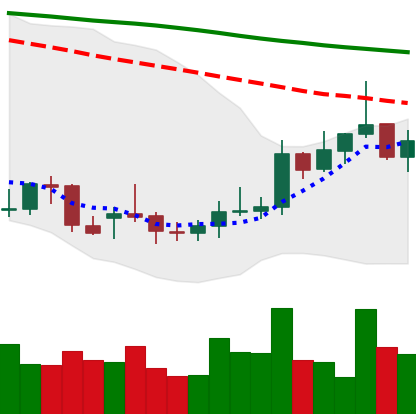
Ticker: XMR-USD
Chart end date: 2021-12-29
Forward return: 7.964%
Label: up_7plus